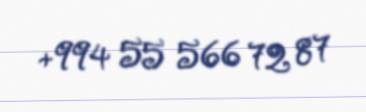
+994 55 566 72 87